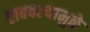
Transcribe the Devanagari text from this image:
राबवल्यामुळे